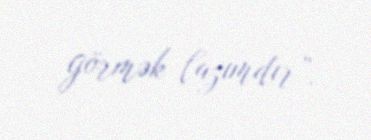
görmək lazımdır”.